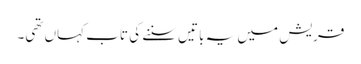
قریش میں یہ باتیں سننے کی تاب کہاں تھی۔